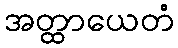
အတ္ထာယေတံ